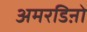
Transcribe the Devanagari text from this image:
अमरडिऩो